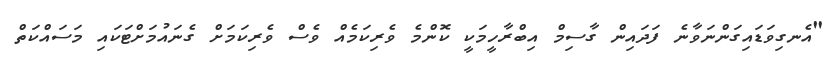
"އެނގިވަޑައިގަންނަވާނެ ފަދައިން ގާސިމް އިބްރާހީމަކީ ކޮންމެ ވެރިކަމެއް ވެސް ވެރިކަމަށް ގެނައުމަށްޓަކައި މަސައްކަތް